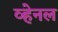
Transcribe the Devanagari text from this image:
व्हेनल